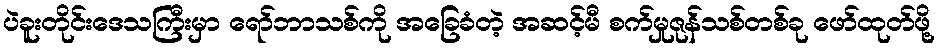
ပဲခူးတိုင်းဒေသကြီးမှာ ရော်ဘာသစ်ကို အခြေခံတဲ့ အဆင့်မီ စက်မှုဇုန်သစ်တစ်ခု ဖော်ထုတ်ဖို့